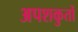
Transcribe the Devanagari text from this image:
अपशकुतों